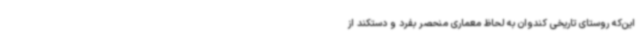
این‌که روستای تاریخی کندوان به لحاظ معماری منحصر بفرد و دستکند از